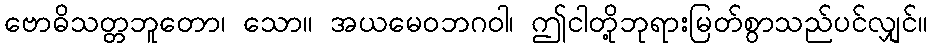
ဗောဓိသတ္တဘူတော၊ သော။ အယမေဝဘဂဝါ၊ ဤငါတို့ဘုရားမြတ်စွာသည်ပင်လျှင်။